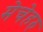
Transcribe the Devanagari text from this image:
मेचेहरु